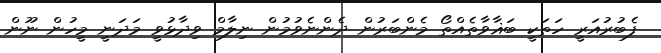
ފެބުރުއަރީ ހަތަކީ ބަޣާވާތެއްތޯ މެންބަރުން ދެންނެވުމުން ނިލާމް ވިދާޅުވީ މަދަނީ މީހުން ނޫން